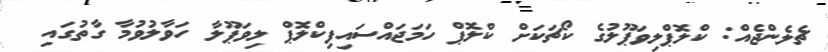
ޗެލެންޖެއް: ކްލޮޕްލިވަޕޫލުގެ ކޯޗަކަށް ކްލޮޕް ހަމަޖައްސައިފިކްލޮޕް ލިވަޕޫލާ ހަވާލުވުމާ ގާތުގައި